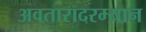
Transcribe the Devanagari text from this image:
अवतारादरम्यान